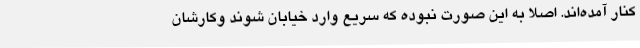
کنار آمده‌اند. اصلا به این صورت نبوده که سریع وارد خیابان شوند وکارشان